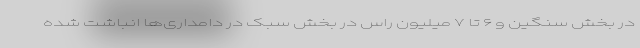
در بخش سنگین و ۶ تا ۷ میلیون راس در بخش سبک در دامداری‌ها انباشت شده